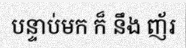
បន្ទាប់មក ក៏ នឹង ញ័រ